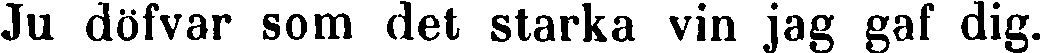
Ju döfvar som det starka vin jag gaf dig.